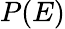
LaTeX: P(E)